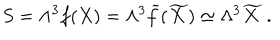
LaTeX: S = \Lambda ^ { 3 } f ( X ) = \Lambda ^ { 3 } { \widetilde f } ( { \widetilde X } ) \simeq \Lambda ^ { 3 } { \widetilde X } ~ .